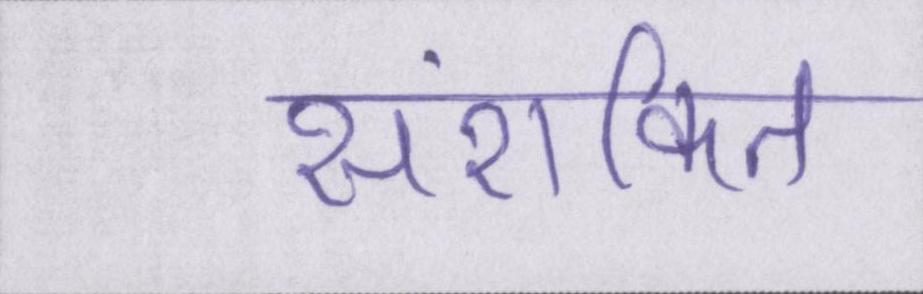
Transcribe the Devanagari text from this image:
सशंकित